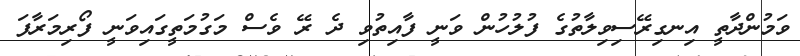
ވަމުންދާތީ އިނގިރޭސިވިލާތުގެ ފުލުހުން ވަނީ ފާއިތުވި ދެ ރޭ ވެސް މަގުމަތީގައިވަނީ ފޯރިމަރާފަ